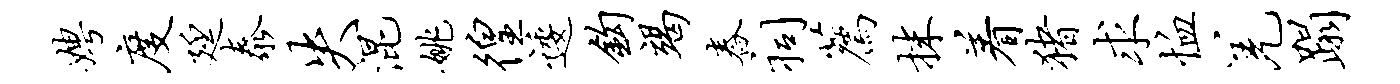
娉度廷泰失混姚徨逶钩竭舂祠荐抹着猪求恤羌蹋